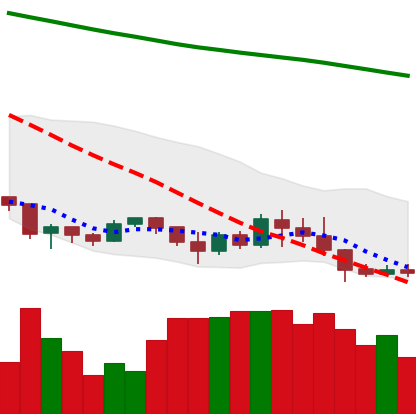
Ticker: XLM-USD
Chart end date: 2019-09-01
Forward return: -6.121%
Label: down_5_7